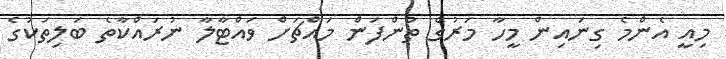
މިއީ އެންމެ ގިނައިން މީހާ މަރުގެ ތުންފަން މައްޗަށް ވައްޓާލާ ނުރައްކާތެ ބަލިތަކުގެ